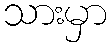
သားမှာ